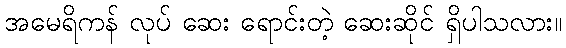
အမေရိကန် လုပ် ဆေး ရောင်းတဲ့ ဆေးဆိုင် ရှိပါသလား။